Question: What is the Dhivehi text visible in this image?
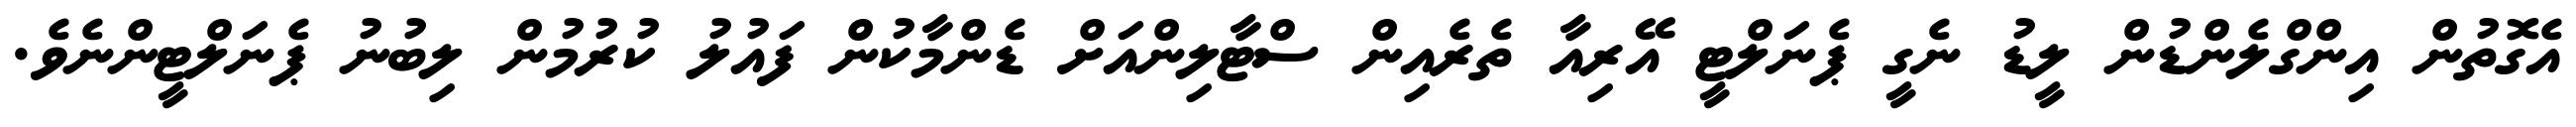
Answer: އެގޮތުން އިންގްލެންޑުން ލީޑު ނެގީ ޕެނަލްޓީ އޭރިއާ ތެރެއިން ސްޓާލިންއަށް ޑެންމާކުން ފައުލު ކުރުމުން ލިބުނު ޕެނަލްޓީންނެވެ.